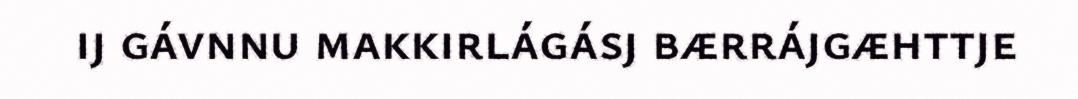
ij gávnnu makkirlágásj bærrájgæhttje